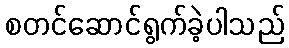
စတင်ဆောင်ရွက်ခဲ့ပါသည်